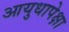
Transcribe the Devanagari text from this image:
आयुधापेक्षा